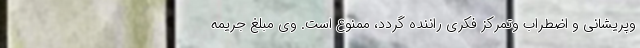
وپریشانی و اضطراب وتمرکز فکری راننده گردد، ممنوع است. وی مبلغ جریمه